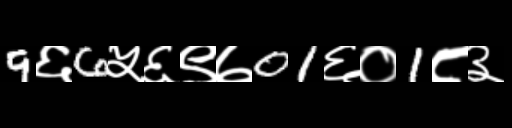
Text: 9६6५६९७01६०1८३